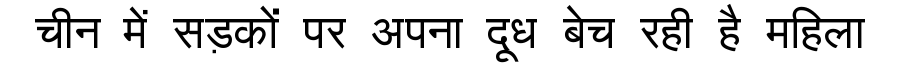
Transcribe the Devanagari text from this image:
चीन में सड़कों पर अपना दूध बेच रही है महिला